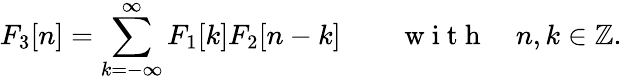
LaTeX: F_{3}[n]=\sum_{k=-\infty}^{\infty}F_{1}[k]F_{2}[n-k]\qquad\mathrm{~w~i~t~h~}\quad n,k\in\mathbb{Z}.